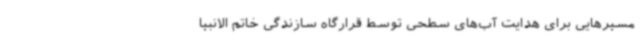
مسیرهایی برای هدایت آب‌های سطحی توسط قرارگاه سازندگی خاتم الانبیا